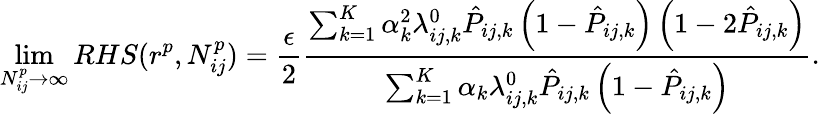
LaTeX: \operatorname*{lim}_{N_{ij}^{p}\to\infty}RHS(r^{p},N_{ij}^{p})=\frac{\epsilon}{2}\frac{\sum_{k=1}^{K}\alpha_{k}^{2}\lambda_{ij,k}^{0}\hat{P}_{ij,k}\left(1-\hat{P}_{ij,k}\right)\left(1-2\hat{P}_{ij,k}\right)}{\sum_{k=1}^{K}\alpha_{k}\lambda_{ij,k}^{0}\hat{P}_{ij,k}\left(1-\hat{P}_{ij,k}\right)}.